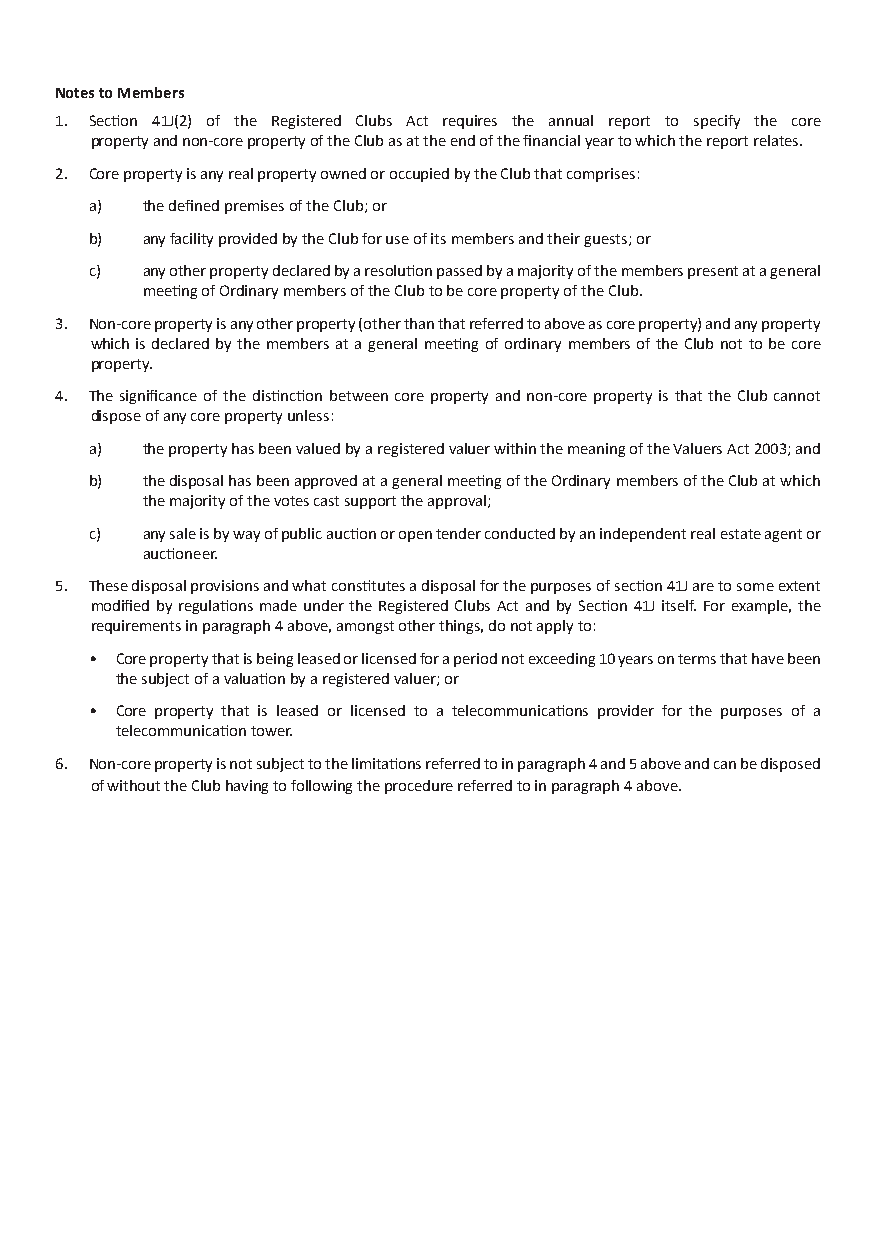
Club Property Report - prior to above proposed resolutions
 Notes to Members
 1. Section 41J(2) of the Registered Clubs Act requires the annual report to specify the core
 property and non-core property of the Club as at the end of the financial year to which the report relates.
 2. Core property is any real property owned or occupied by the Club that comprises:
 a) the defined premises of the Club; or
 b) any facility provided by the Club for use of its members and their guests; or
 c) any other property declared by a resolution passed by a majority of the members present at a general
 meeting of Ordinary members of the Club to be core property of the Club.
 3. Non-core property is any other property (other than that referred to above as core property) and any property
 which is declared by the members at a general meeting of ordinary members of the Club not to be core
 property.
 4. The significance of the distinction between core property and non-core property is that the Club cannot
 dispose of any core property unless:
 a) the property has been valued by a registered valuer within the meaning of the Valuers Act 2003; and
 b) the disposal has been approved at a general meeting of the Ordinary members of the Club at which
 the majority of the votes cast support the approval;
 c) any sale is by way of public auction or open tender conducted by an independent real estate agent or
 auctioneer.
 5. These disposal provisions and what constitutes a disposal for the purposes of section 41J are to some extent
 modified by regulations made under the Registered Clubs Act and by Section 41J itself. For example, the
 requirements in paragraph 4 above, amongst other things, do not apply to:
 • Core property that is being leased or licensed for a period not exceeding 10 years on terms that have been
 the subject of a valuation by a registered valuer; or
 • Core property that is leased or licensed to a telecommunications provider for the purposes of a
 telecommunication tower.
 6. Non-core property is not subject to the limitations referred to in paragraph 4 and 5 above and can be disposed
 of without the Club having to following the procedure referred to in paragraph 4 above.